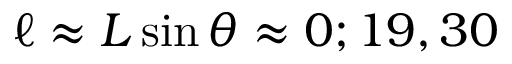
\ell \approx L \sin \theta \approx 0 ; 1 9 , 3 0